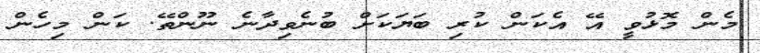
މެން މޮޅުވީ އޭ އެކަން ކުރި ބަޔަކަށް ބުނެވިދާނެ ނޫންތޭ. ކަން މިހެން